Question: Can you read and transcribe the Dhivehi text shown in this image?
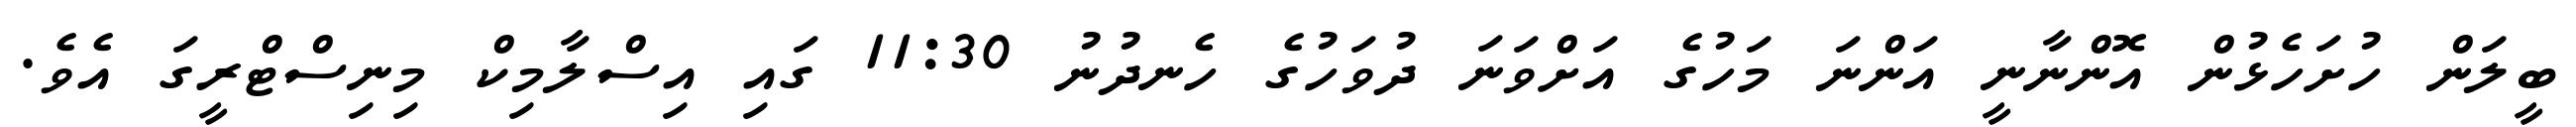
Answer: ބީލަން ހުށަހެޅުން އޮންނާނީ އަންނަ މަހުގެ އަށްވަނަ ދުވަހުގެ ހެނދުނު 11:30 ގައި އިސްލާމިކް މިނިސްޓްރީގަ އެވެ.